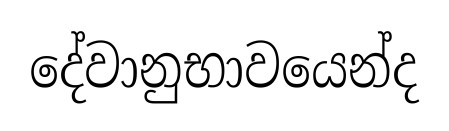
දේවානුභාවයෙන්ද